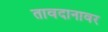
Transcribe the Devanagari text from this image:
तावदानावर